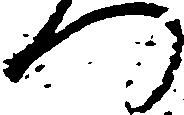
つ